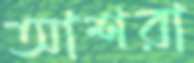
আশরা